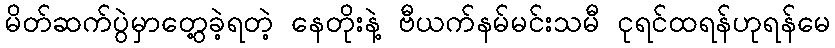
မိတ်ဆက်ပွဲမှာတွေ့ခဲ့ရတဲ့ နေတိုးနဲ့ ဗီယက်နမ်မင်းသမီ ငုရင်ထရန်ဟုရန်မေ